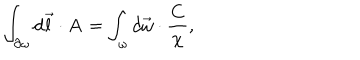
\int _ { { \bf \partial } \omega } d \vec { l } \cdot { \bf A } = \int _ { \omega } d \vec { \omega } \cdot \frac { { \bf C } } { \chi } ,